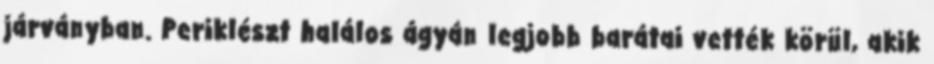
járványban. Periklészt halálos ágyán legjobb barátai vették körül, akik